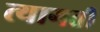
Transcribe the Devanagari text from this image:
त्यागती